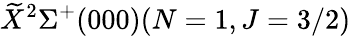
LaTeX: \widetilde{X}^{2}\Sigma^{+}(000)(N=1,J=3/2)